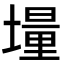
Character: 𡑆